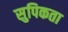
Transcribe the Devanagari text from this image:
सुपिकता